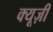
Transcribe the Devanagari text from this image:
क्यूज़ी